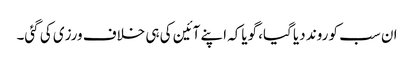
ان سب کو روند دیا گیا، گویاکہ اپنے آئین کی ہی خلاف ورزی کی گئی۔